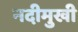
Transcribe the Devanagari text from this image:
नदीमुखी